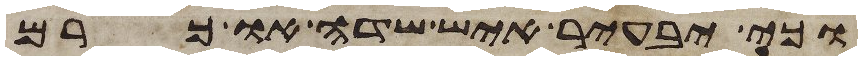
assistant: וכי יבעיר איש שדה או כרם